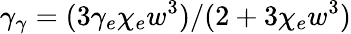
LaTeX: \gamma_{\gamma}=(3\gamma_{e}\chi_{e}w^{3})/(2+3\chi_{e}w^{3})